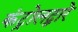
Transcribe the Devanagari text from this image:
कंट्रोलद्वारे